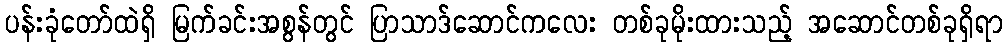
ပန်းခုံတော်ထဲရှိ မြက်ခင်းအစွန်တွင် ပြာသာဒ်ဆောင်ကလေး တစ်ခုမိုးထားသည့် အဆောင်တစ်ခုရှိရာ